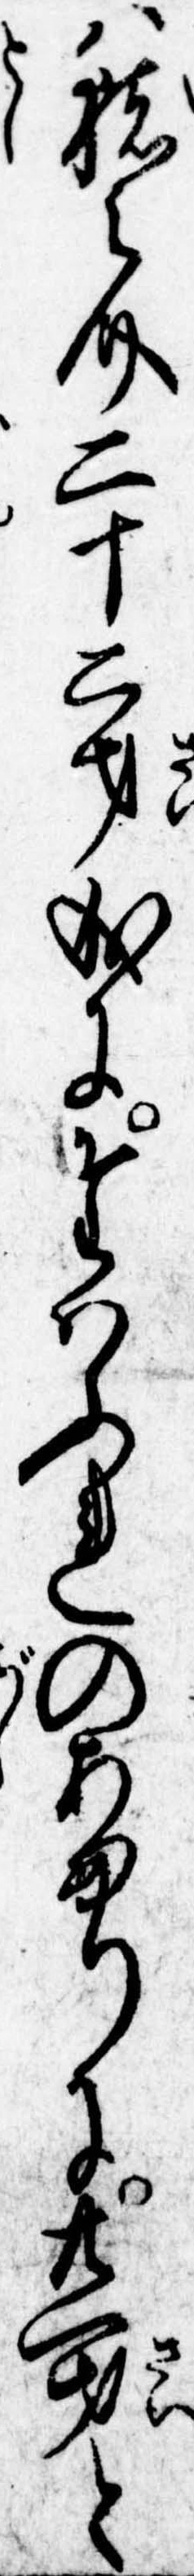
は猪之介二十二才成にたはふれのあまりに廿一才と